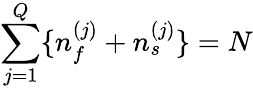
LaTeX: \sum_{j=1}^{Q}\{ n_{f}^{(j)}+n_{s}^{(j)}\} =N